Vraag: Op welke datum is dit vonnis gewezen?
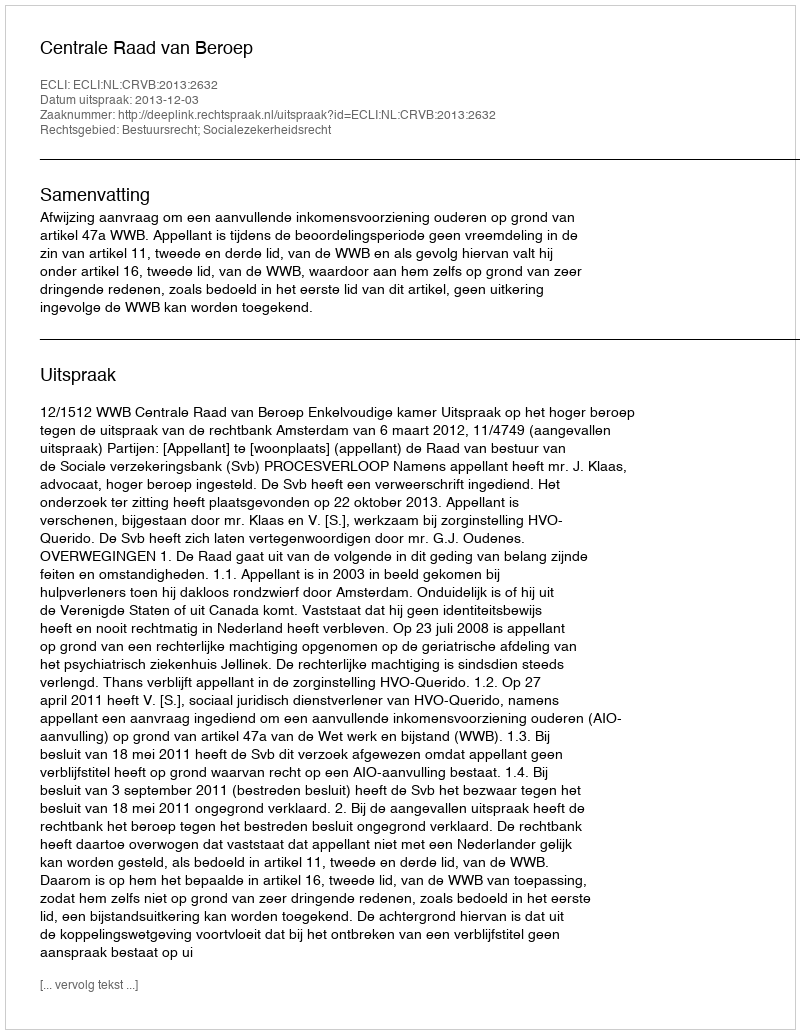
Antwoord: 2013-12-03